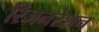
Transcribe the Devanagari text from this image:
रिजनरेशन